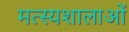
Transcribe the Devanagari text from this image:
मत्स्यशालाओं